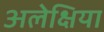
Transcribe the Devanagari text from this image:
अलेक्षिया